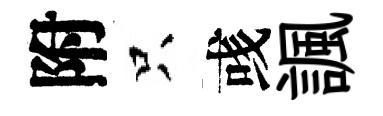
附只彧諷